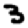
Digit: 3